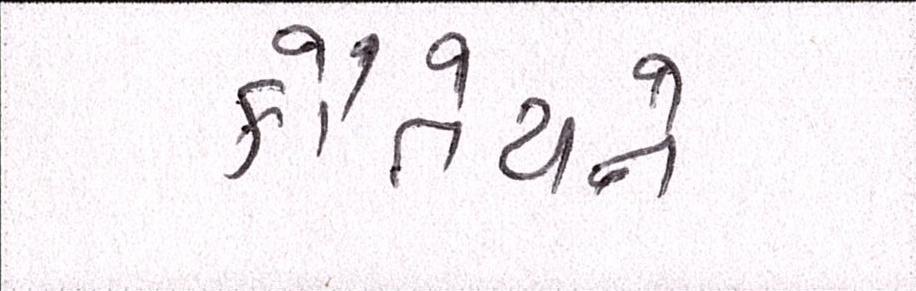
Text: કૌંતેયને